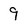
Character: 9